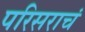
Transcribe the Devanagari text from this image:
परिसराचं